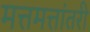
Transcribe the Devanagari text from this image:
मत्तमत्तांतरी